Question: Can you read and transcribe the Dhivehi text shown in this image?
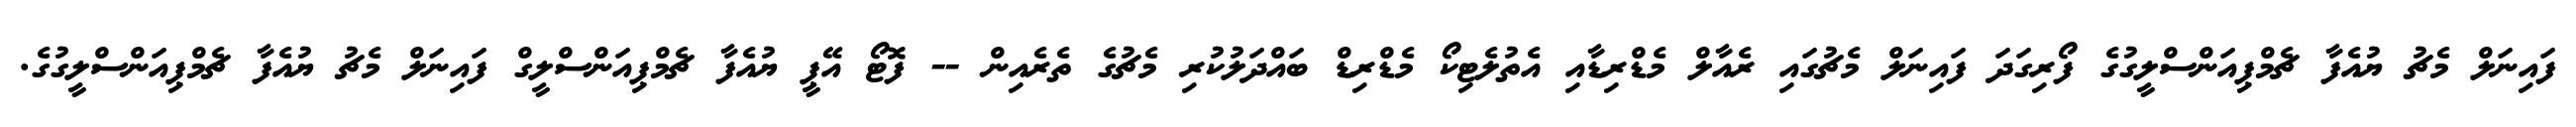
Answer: ފައިނަލް މެޗު ޔުއެފާ ޗެމްޕިއަންސްލީގުގެ ފޯރިގަދަ ފައިނަލް މެޗުގައި ރެއާލް މެޑްރިޑާއި އެތުލެޓިކޯ މެޑްރިޑް ބައްދަލުކުރި މެޗުގެ ތެރެއިން -- ފޮޓޯ އޭޕީ ޔުއެފާ ޗެމްޕިއަންސްލީގް ފައިނަލް މެޗު ޔުއެފާ ޗެމްޕިއަންސްލީގުގެ.